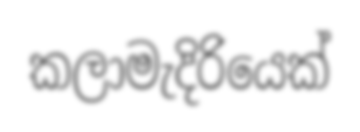
කලාමැදිරියෙක්